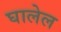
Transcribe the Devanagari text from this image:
घालेल